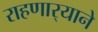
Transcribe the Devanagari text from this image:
राहणार्‍याने